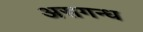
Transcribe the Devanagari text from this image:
असगन्ध